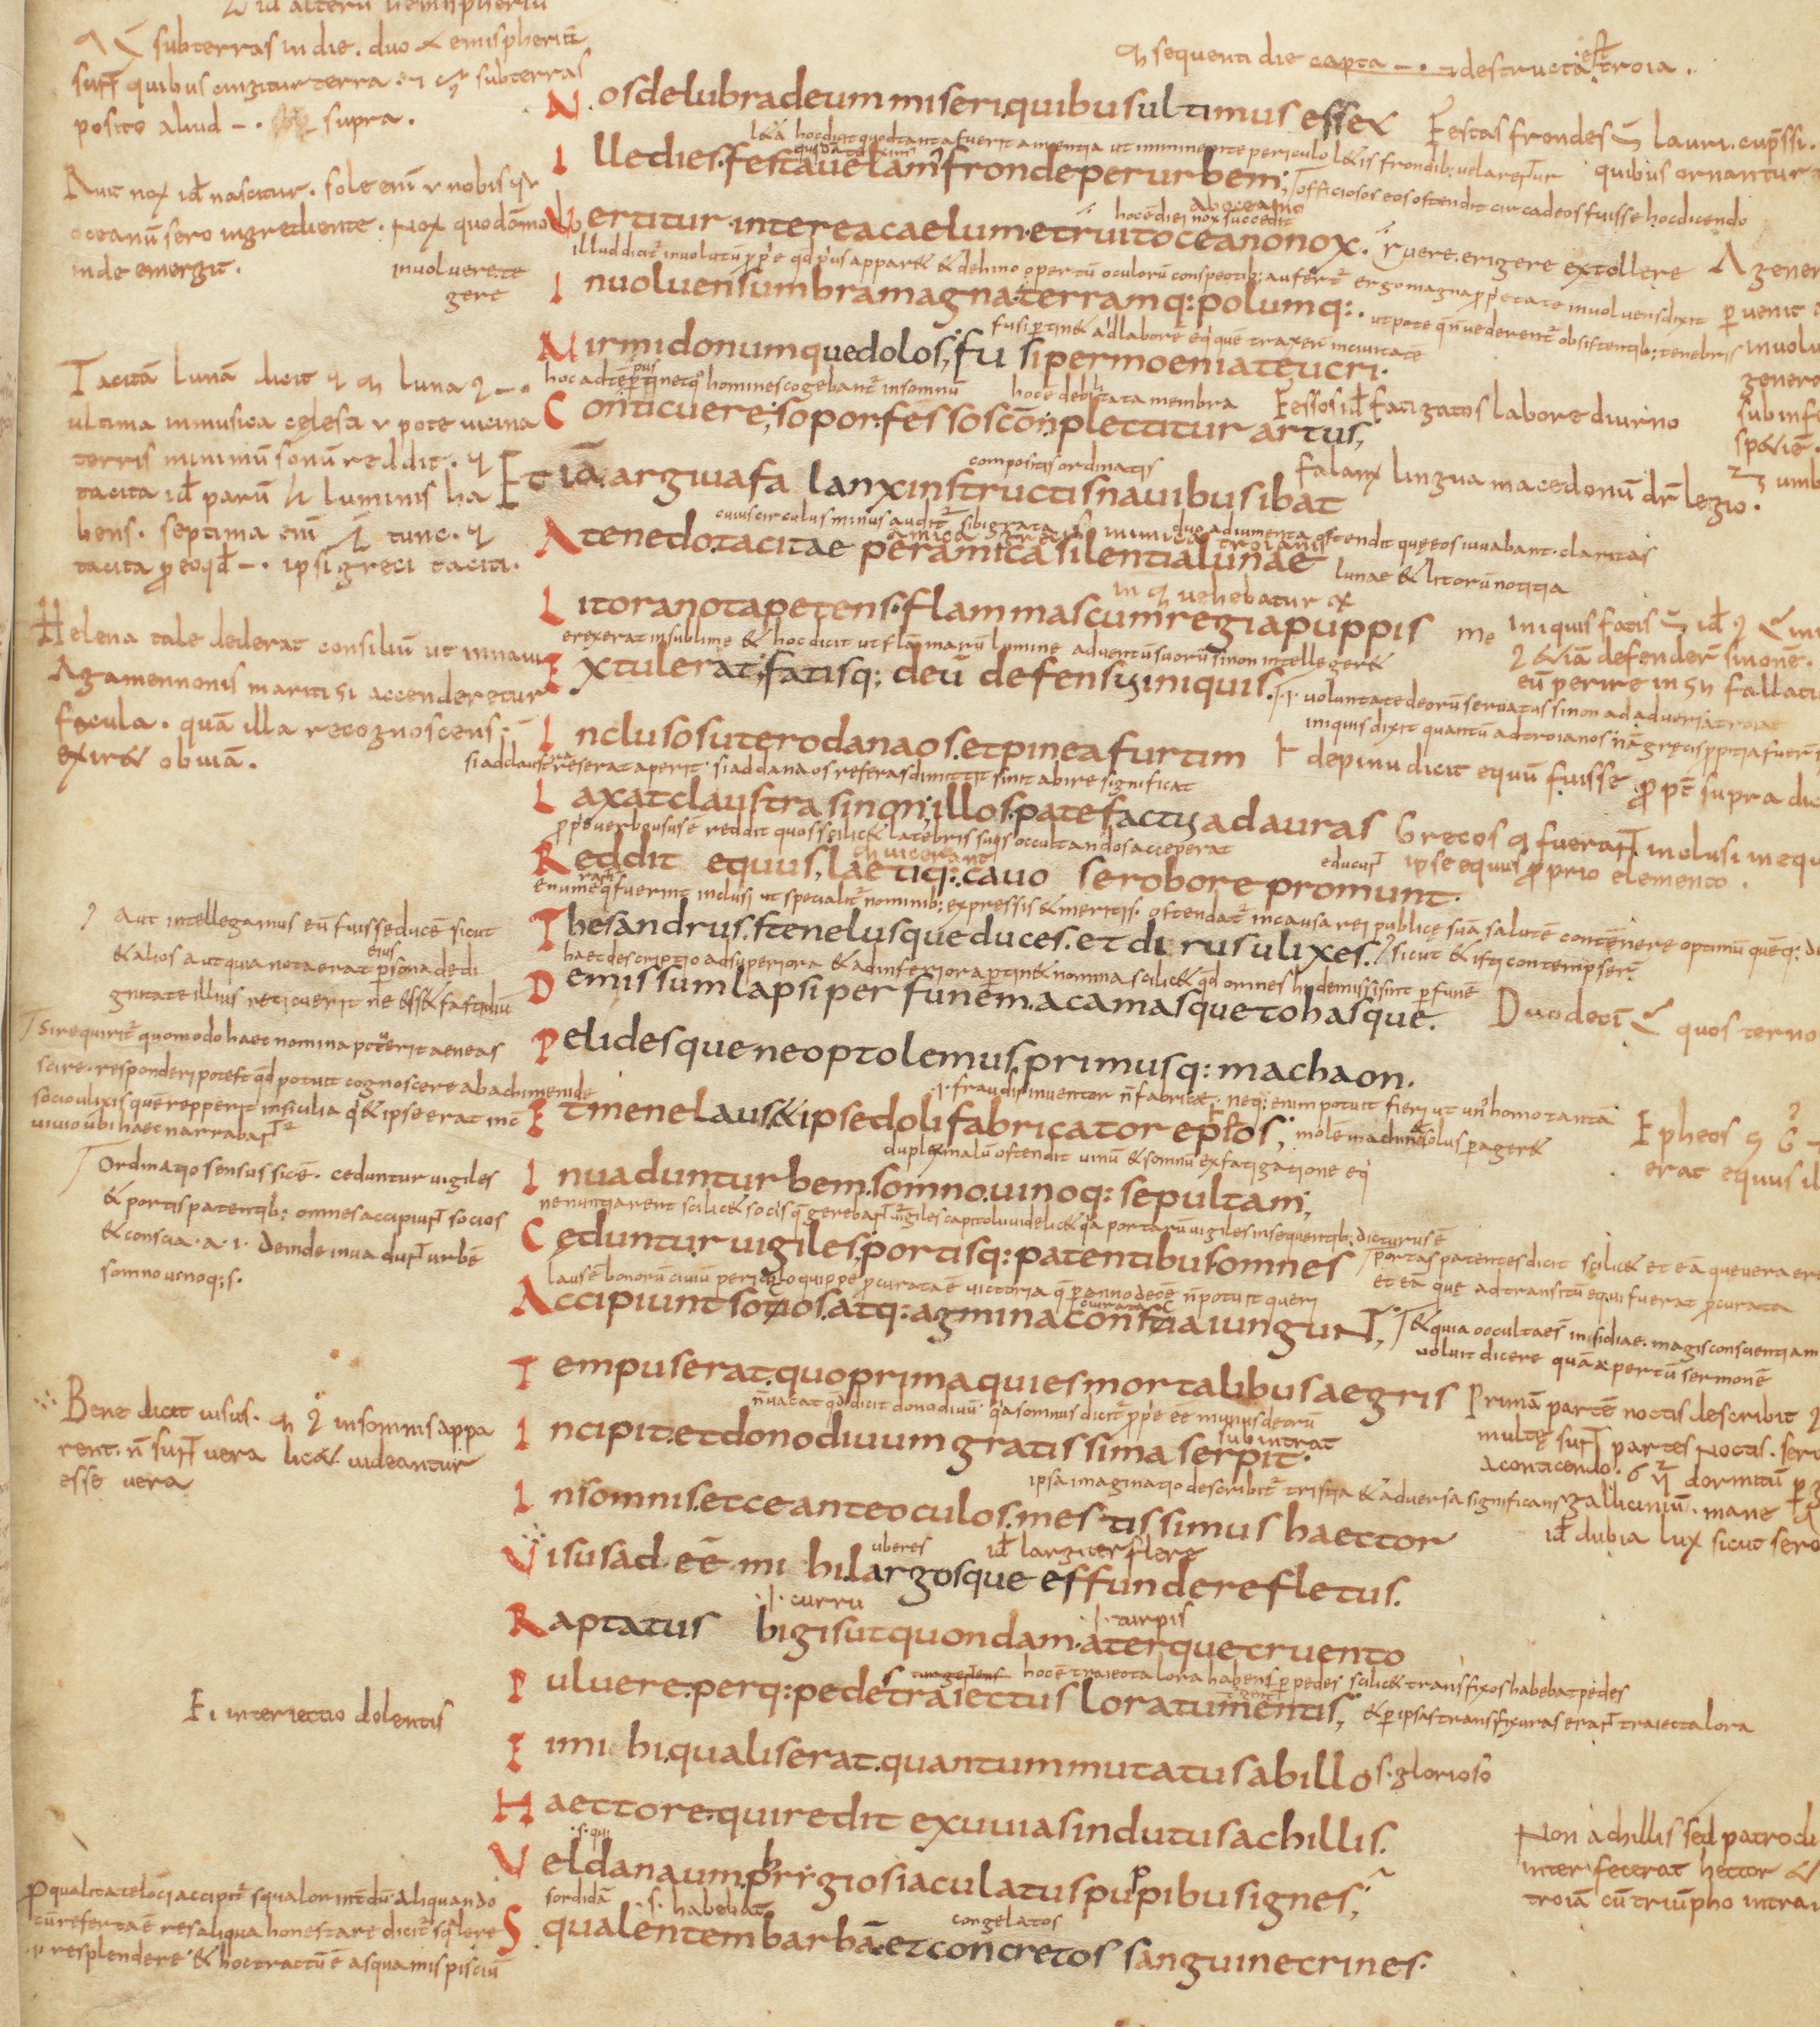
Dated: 825–849